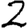
Digit: 2